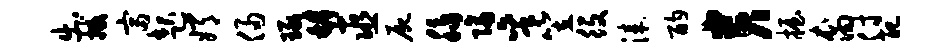
出撼富起嫦侵琢罅巫尸脉隔秉笠役漆酌贵握裔付配